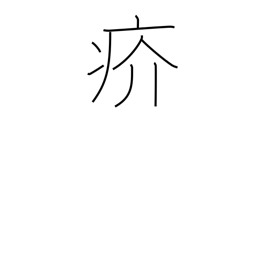
Meaning: scabby eruption